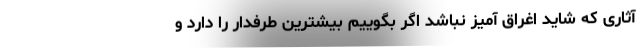
آثاری که شاید اغراق آمیز نباشد اگر بگوییم بیشترین طرفدار را دارد و